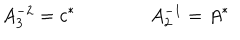
LaTeX: A _ { 3 } ^ { - 2 } = c ^ { * } \qquad \qquad A _ { 2 } ^ { - 1 } = A ^ { * }